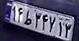
۱۴ط۳۴۷۱۳